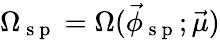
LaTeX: \Omega_{\mathrm{~s~p~}}=\Omega(\vec{\phi}_{\mathrm{~s~p~}};\vec{\mu})